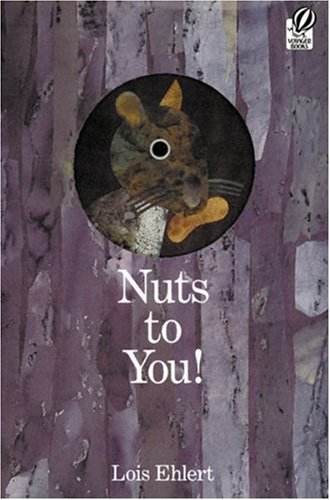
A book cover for Nuts to You!; Lois Ehlert; Children's Books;